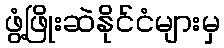
ဖွံ့ဖြိုးဆဲနိုင်ငံများမှ